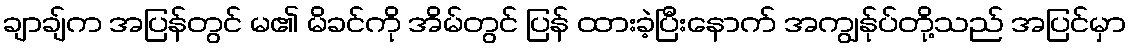
ချာချ်က အပြန်တွင် မ၏ မိခင်ကို အိမ်တွင် ပြန် ထားခဲ့ပြီးနောက် အကျွန်ုပ်တို့သည် အပြင်မှာ